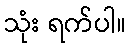
သုံး ရက်ပါ။